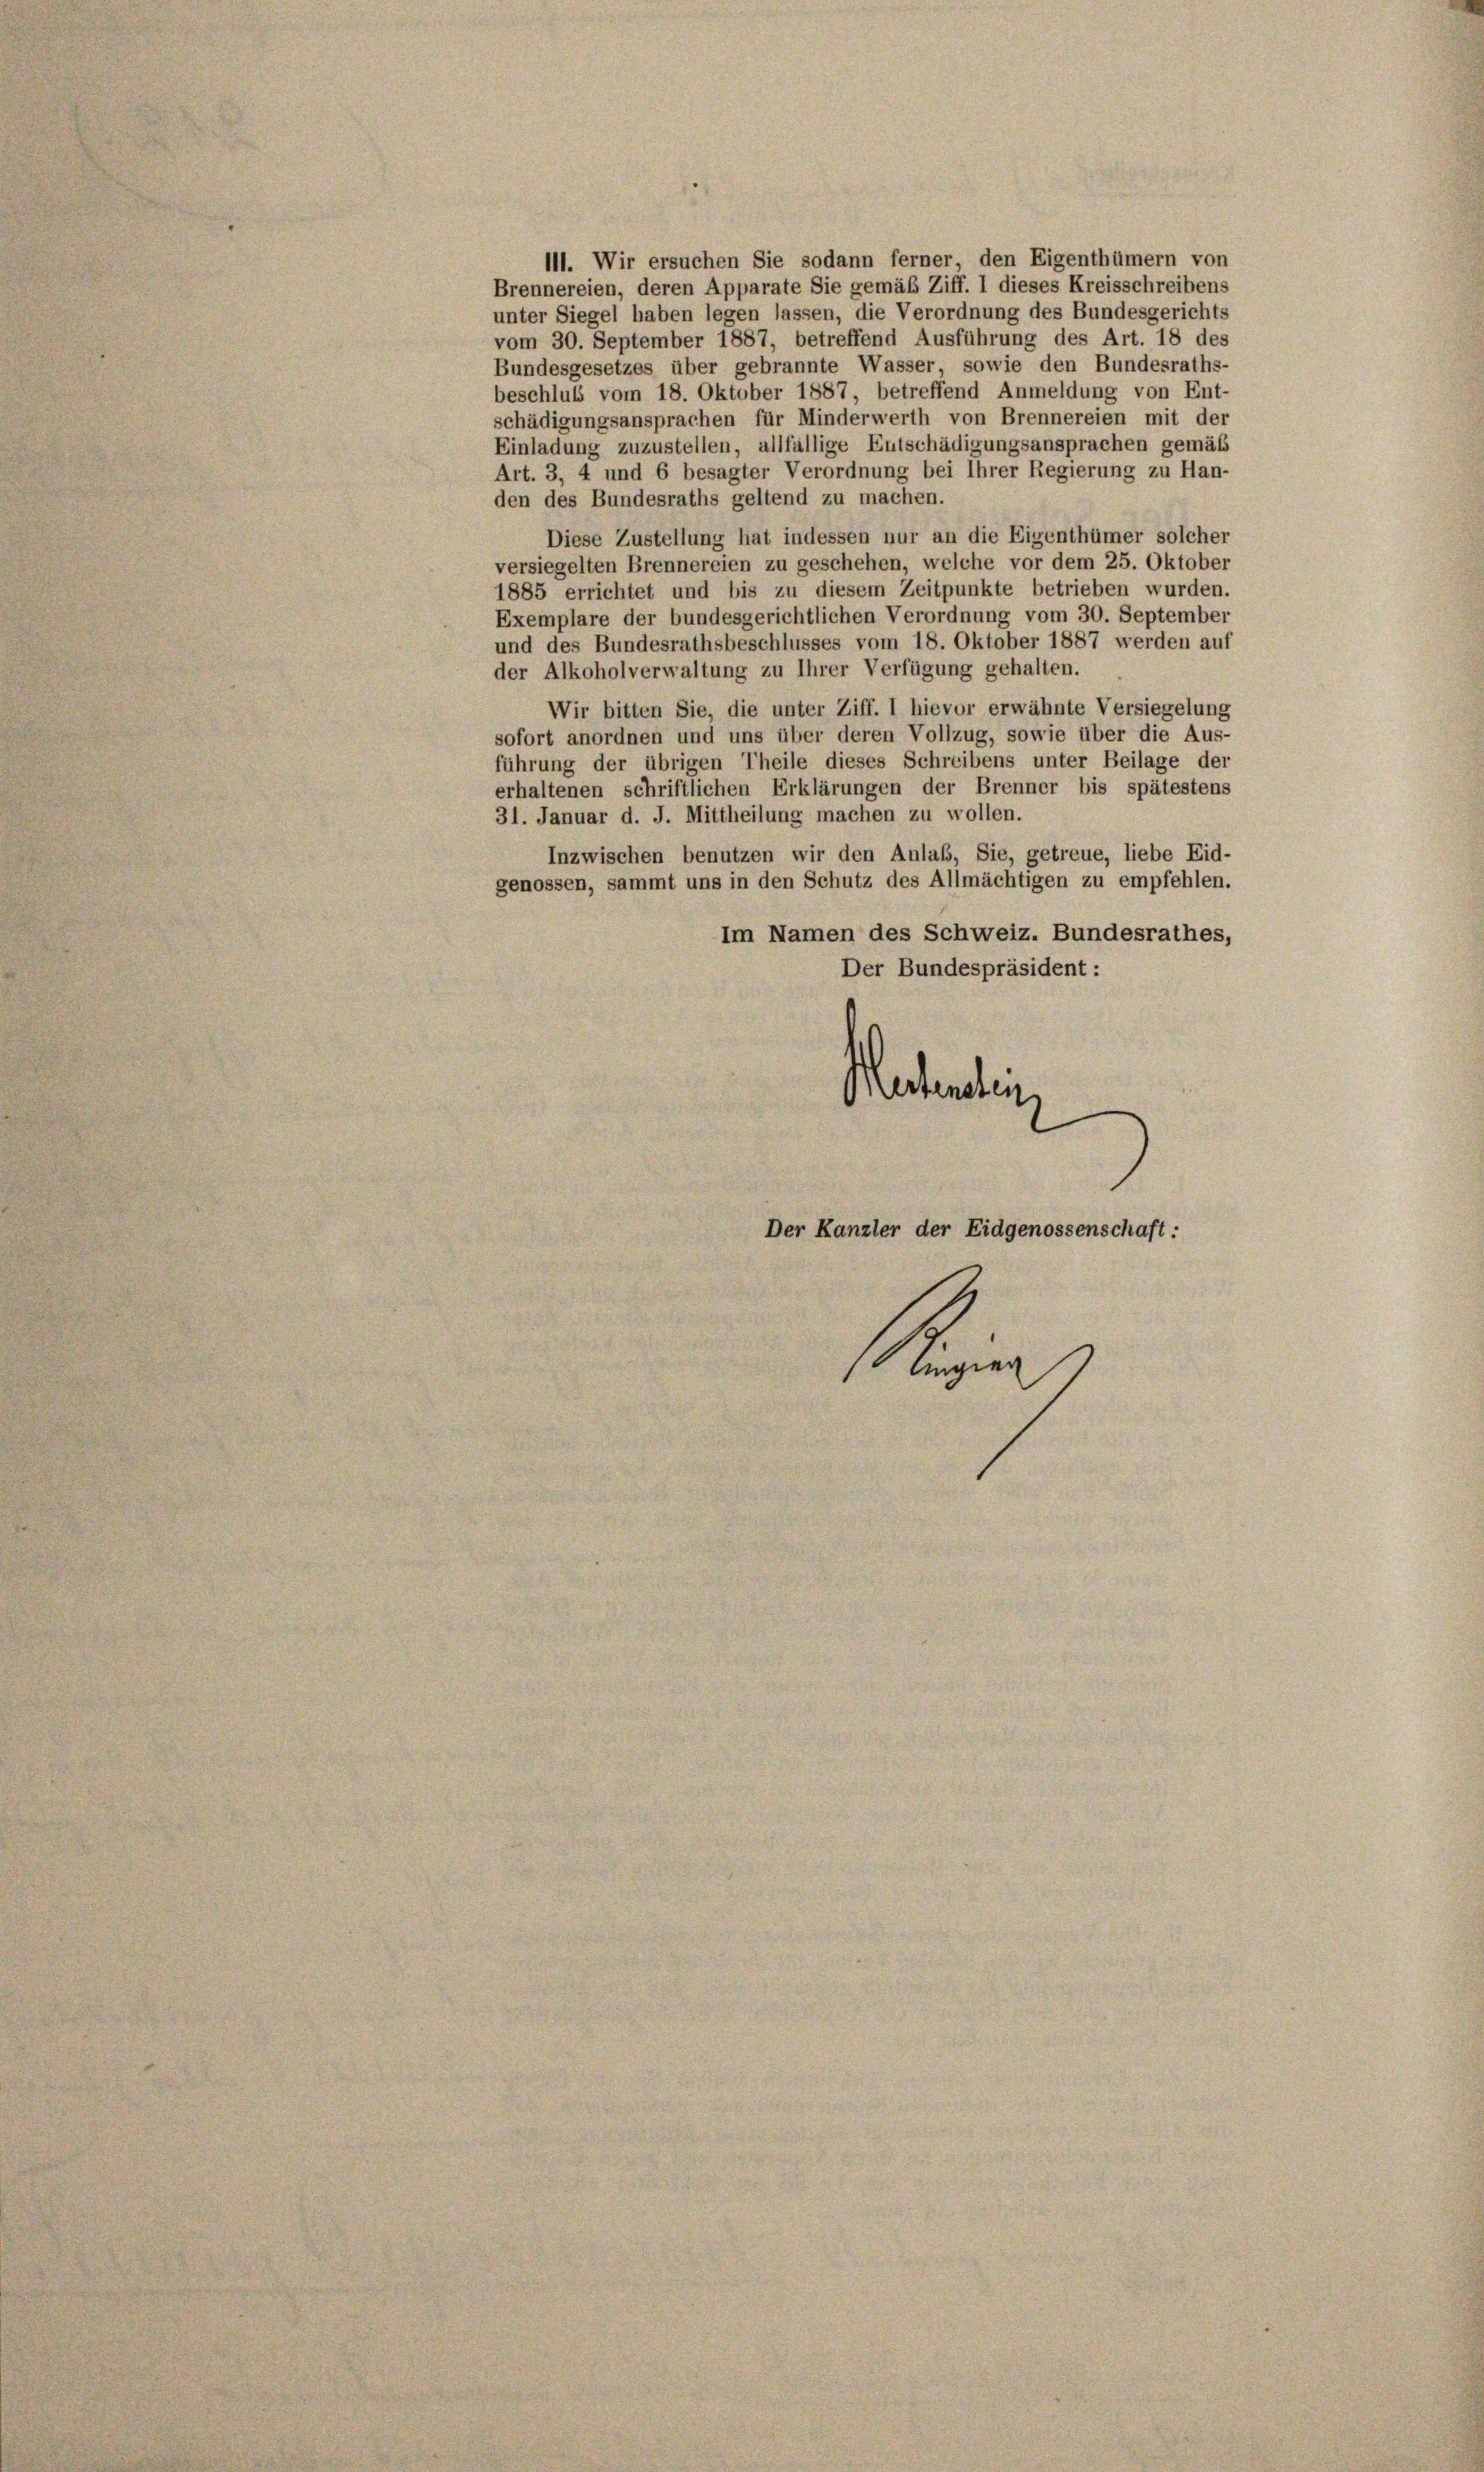
111. Wir ersuchen Sie sodann ferner, den Eigenthümern von
Brennereien, deren Apparate Sie gemäß Ziff. I dieses Kreisschreibens
unter Siegel haben legen lassen, die Verordnung des Bundesgerichts
vom 30. September 1887, betreffend Ausführung des Art. 18 des
Bundesgesetzes über gebrannte Wasser, sowie den Bundesraths-
beschluß vom 18. Oktober 1887, betreffend Anmeldung von Ent-
schädigungsansprachen für Minderwerth von Brennereien mit der
Einladung zuzustellen, allfällige Entschädigungsansprachen gemäß
Art. 3, 4 und 6 besagter Verordnung bei Ihrer Regierung zu Han-
den des Bundesraths geltend zu machen.
Diese Zustellung hat indessen nur an die Eigenthümer solcher
versiegelten Brennereien zu geschehen, welche vor dem 25. Oktober
1885 errichtet und bis zu diesem Zeitpunkte betrieben wurden.
Exemplare der bundesgerichtlichen Verordnung vom 30. September
und des Bundesrathsbeschlusses vom 18. Oktober 1887 werden auf
der Alkoholverwaltung zu Ihrer Verfügung gehalten.
Wir bitten Sie, die unter Ziff. 1 hievor erwähnte Versiegelung
sofort anordnen und uns über deren Vollzug, sowie über die Aus-
führung der übrigen Theile dieses Schreibens unter Beilage der
erhaltenen schriftlichen Erklärungen der Brenner bis spätestens
31. Januar d. J. Mittheilung machen zu wollen.
Inzwischen benutzen wir den Anlaß, Sie, getreue, liebe Eid-
genossen, sammt uns in den Schutz des Allmächtigen zu empfehlen.
Im Namen des Schweiz. Bundesrathes,
Der Bundespräsident:
ectantin
Der Kanzler der Eidgenossenschaft:
Uri